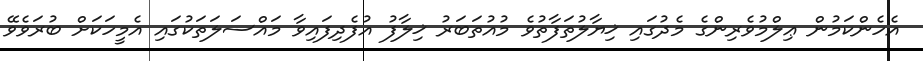
އެހެންކަމުން ޢިލްމުވެރިންގެ މެދުގައި ޚިޔާލުތަފާތުވެ މުއުތަބަރު ޚިލާފު އުފެދިފައިވާ މައްސަލަތަކުގައި އެމީހަކަށް ބުރަވެވޭ